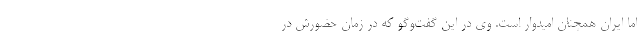
اما ایران همچنان امیدوار است. وی در این گفت‌وگو که در زمان حضورش در